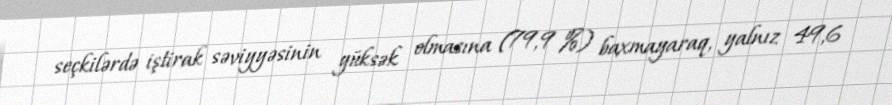
seçkilərdə iştirak səviyyəsinin yüksək olmasına (79,9 %) baxmayaraq, yalnız 49,6